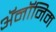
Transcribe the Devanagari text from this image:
ॲनॉनिम